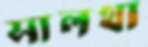
সালথা